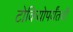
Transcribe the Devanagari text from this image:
टोकियोपर्यंतची